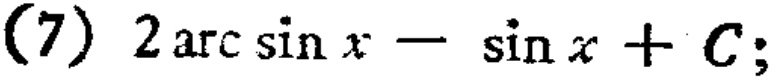
(7) \(2\arcsin x - \sin x + C;\)